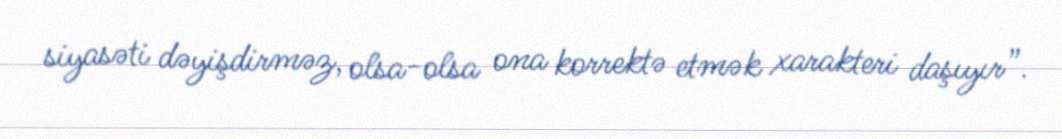
siyasəti dəyişdirməz, olsa-olsa ona korrektə etmək xarakteri daşıyır”.